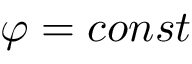
\varphi = c o n s t